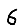
Digit: 6